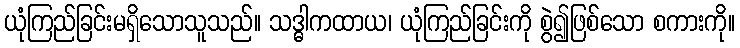
ယုံကြည်ခြင်းမရှိသောသူသည်။ သဒ္ဓါကထာယ၊ ယုံကြည်ခြင်းကို စွဲ၍ဖြစ်သော စကားကို။